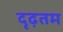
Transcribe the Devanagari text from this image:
दृढ़तम